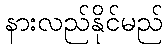
နားလည်နိုင်မည်